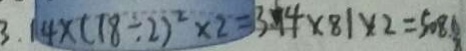
3 . 1 4 \times ( 1 8 \div 2 ) ^ { 2 } \times 2 = 3 . 1 4 \times 8 1 \times 2 = 5 0 8 .